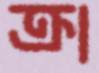
ক্রা